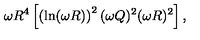
\omega R ^ { 4 } \left[ \left( \ln ( \omega R ) \right) ^ { 2 } ( \omega Q ) ^ { 2 } ( \omega R ) ^ { 2 } \right] ,